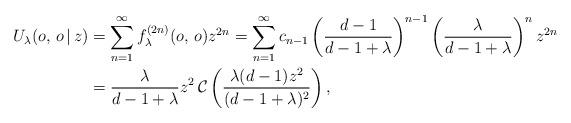
LaTeX: \begin{align*} U_\lambda(o,\, o\, |\, z) &=\sum_{n=1}^\infty f^{(2n)}_\lambda(o,\, o)z^{2n} = \sum_{n=1}^\infty c_{n-1} \left(\frac{d-1}{d-1+\lambda}\right)^{n-1} \left(\frac{\lambda}{d-1+\lambda}\right)^n z^{2n} \\ &=\frac{\lambda}{d-1+\lambda} z^2 \, \mathcal{C}\left(\frac{\lambda(d-1)z^2}{(d-1+\lambda)^2}\right) ,\end{align*}